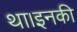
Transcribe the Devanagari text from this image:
था।इनकी